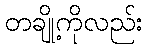
တချို့ကိုလည်း